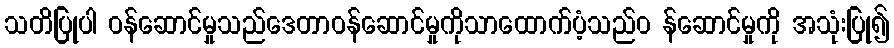
သတိပြုပါ ဝန်ဆောင်မှုသည်ဒေတာဝန်ဆောင်မှုကိုသာထောက်ပံ့သည်၀ န်ဆောင်မှုကို အသုံးပြု၍